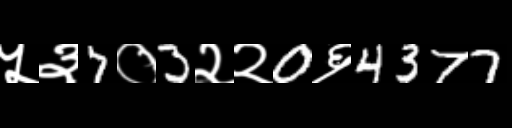
Text: ५३7०3२२0६4377